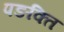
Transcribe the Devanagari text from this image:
पङक्ति